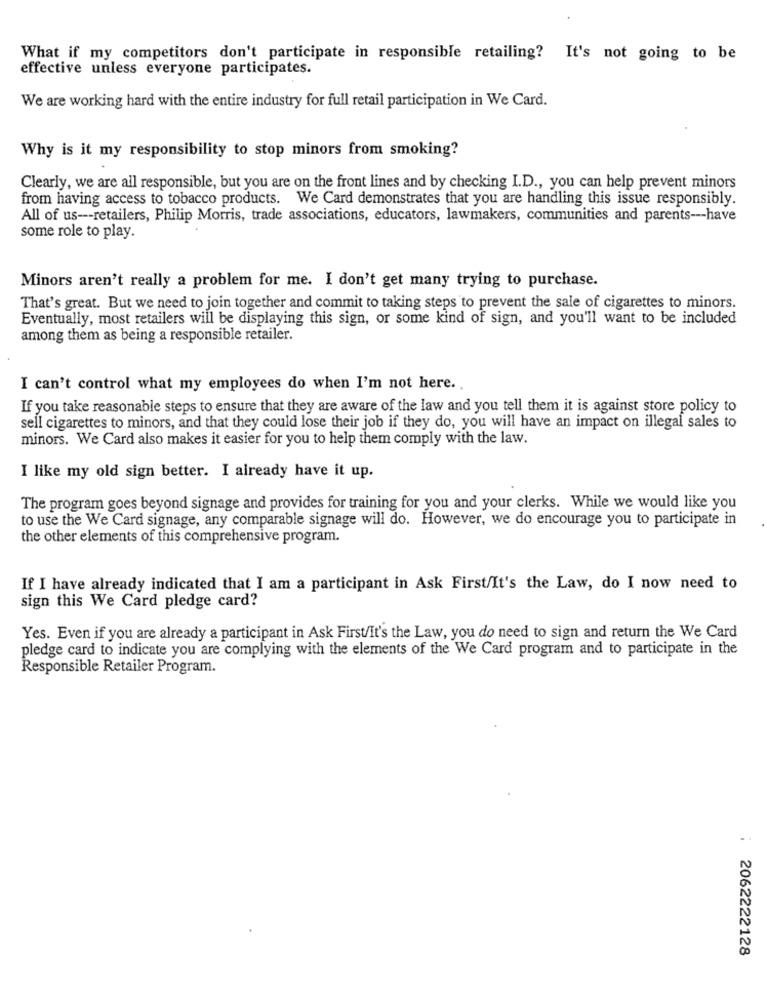
What if my competitors don't participate in responsible retailing? It's not going to be
effective unless everyone participates.
We are working hard with the entire industry for full retail participation in We Card.
Why is it my responsibility to stop minors from smoking?
Clearly, we are all responsible, but you are on the front lines and by checking I.D ., you can help prevent minors
from having access to tobacco products. We Card demonstrates that you are handling this issue responsibly.
All of us --- retailers, Philip Morris, trade associations, educators, lawmakers, communities and parents --- have
some role to play.
Minors aren't really a problem for me. I don't get many trying to purchase.
That's great. But we need to join together and commit to taking steps to prevent the sale of cigarettes to minors.
Eventually, most retailers will be displaying this sign, or some kind of sign, and you'll want to be included
among them as being a responsible retailer.
I can't control what my employees do when I'm not here.
If you take reasonable steps to ensure that they are aware of the law and you tell them it is against store policy to
sell cigarettes to minors, and that they could lose their job if they do, you will have an impact on illegal sales to
minors. We Card also makes it easier for you to help them comply with the law.
I like my old sign better. I already have it up.
The program goes beyond signage and provides for training for you and your clerks. While we would like you
to use the We Card signage, any comparable signage will do. However, we do encourage you to participate in
the other elements of this comprehensive program.
If I have already indicated that I am a participant in Ask First/It's the Law, do I now need to
sign this We Card pledge card?
Yes. Even if you are already a participant in Ask First/It's the Law, you do need to sign and return the We Card
pledge card to indicate you are complying with the elements of the We Card program and to participate in the
Responsible Retailer Program.
2062222128